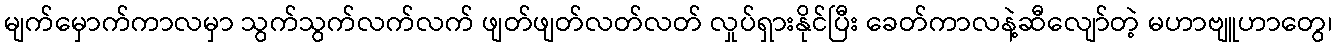
မျက်မှောက်ကာလမှာ သွက်သွက်လက်လက် ဖျတ်ဖျတ်လတ်လတ် လှုပ်ရှားနိုင်ပြီး ခေတ်ကာလနဲ့ဆီလျော်တဲ့ မဟာဗျူဟာတွေ၊